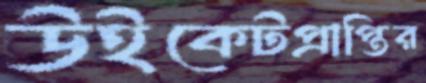
উইকেটপ্রাপ্তির